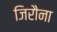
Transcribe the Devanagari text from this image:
जिरौना